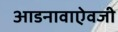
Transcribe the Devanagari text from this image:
आडनावाऐवजी